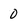
Character: 0